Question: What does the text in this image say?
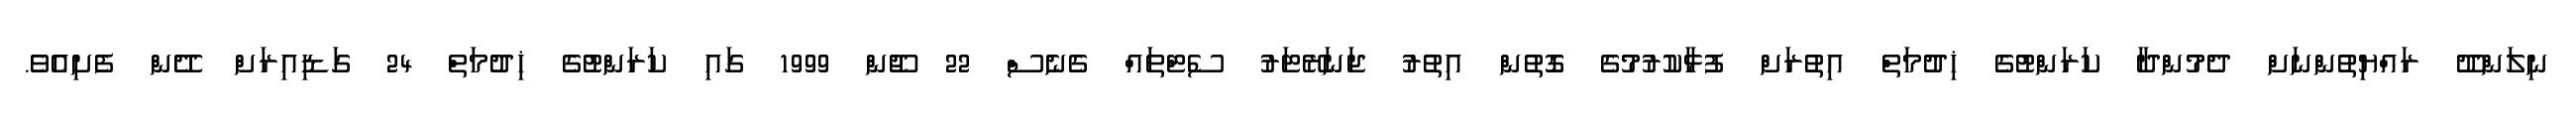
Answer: ނިލަންދޫ ރައްޔިތުންނަށް ދެމުންދާ ކަރަންޓުގެ ޚިދުމަތް އިތުރަށް ފުޅާކުރުމުގެ ގޮތުން އިތުރު ޖަނަރޭޓަރު ސެޓްތައް ގެނެސް 22 ޖޫން 1999 ގައި ކަރަންޓުގެ ޚިދުމަތް 24 ގަޑިއިރަށް ދޭން ފެށިއެވެ.